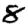
Digit: 8